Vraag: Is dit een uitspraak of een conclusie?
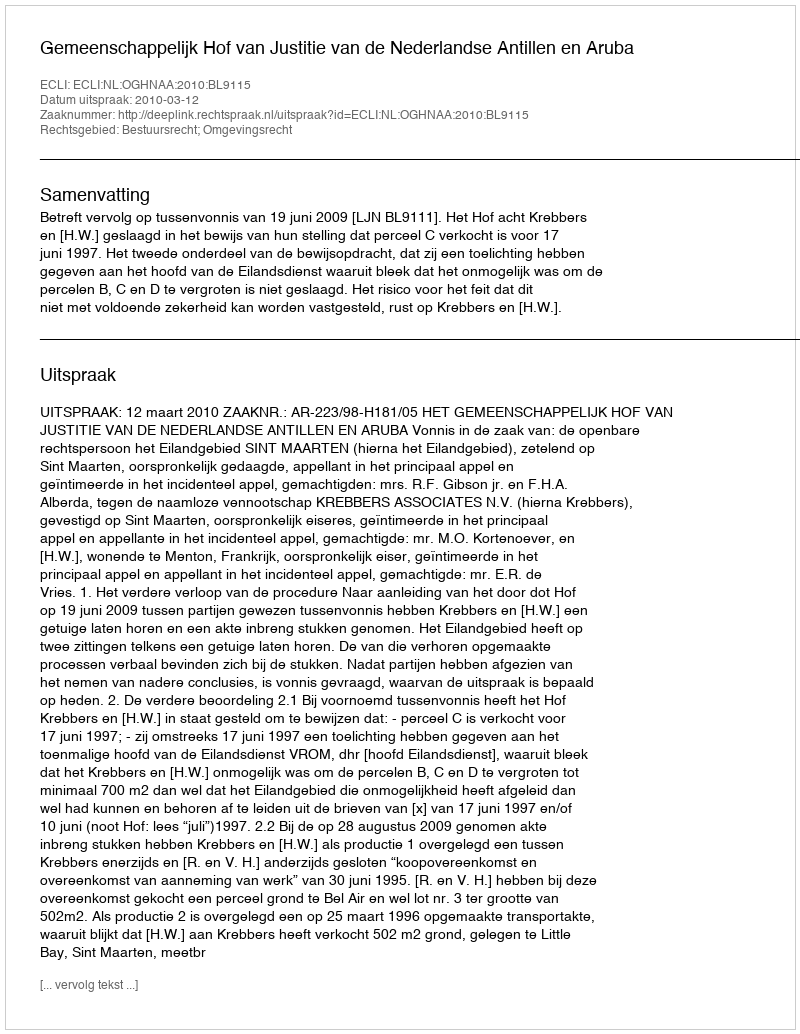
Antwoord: Uitspraak